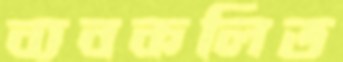
ব্যবকলিত